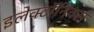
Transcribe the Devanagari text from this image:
इलेक्टॉनिक्स